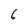
Character: 6